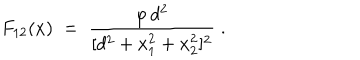
LaTeX: F _ { 1 2 } ( x ) \; = \; \frac { \varphi \, d ^ { 2 } } { [ d ^ { 2 } + x _ { 1 } ^ { 2 } + x _ { 2 } ^ { 2 } ] ^ { 2 } } \; .